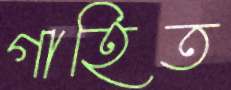
গাহিত